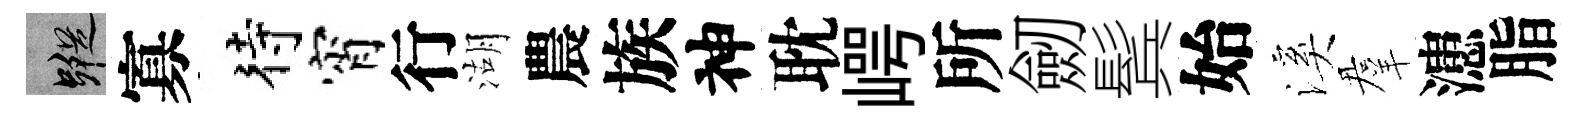
蹤寡待宵行湖農族神耽崿所劒鬂始溪羣漶脂